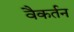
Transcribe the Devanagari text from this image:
वैकर्तन